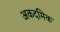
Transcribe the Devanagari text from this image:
अकदमिक